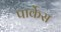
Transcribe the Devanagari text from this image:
पार्केस